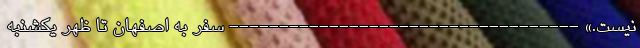
نیست.» ----------------------------------- سفر به اصفهان تا ظهر یکشنبه